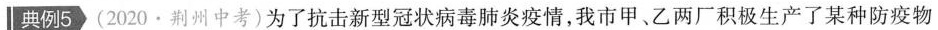
典例5·(2020·荆州中考)为了抗击新型冠状病毒肺炎疫情，我市甲、乙两厂积极生产了某种防疫物